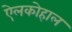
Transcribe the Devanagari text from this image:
ऐलकोहाल